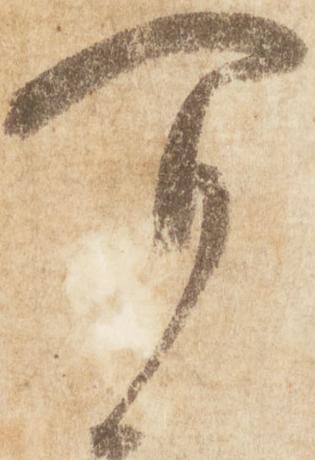
可